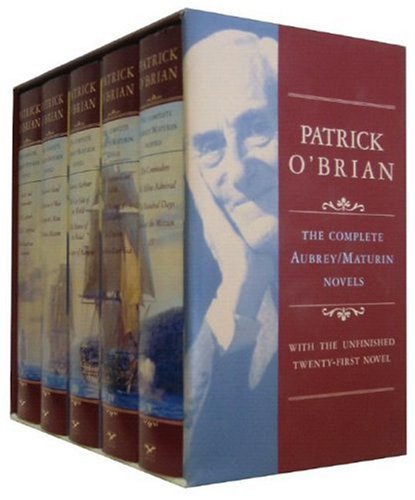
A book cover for The Complete Aubrey/Maturin Novels (Vol. 5 volumes)  (Aubrey/Maturin Novels); Patrick O'Brian; Literature & Fiction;